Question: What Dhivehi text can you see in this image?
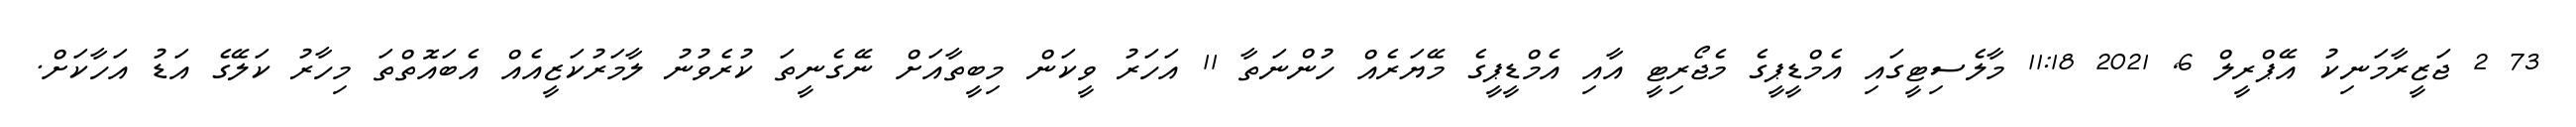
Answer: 73 2 ޖަޒީރާމަނިކު އޭޕްރީލް 6, 2021 11:18 މާލެސިޓީގައި އެމްޑީޕީގެ މެޖޯރިޓީ އާއި އެމްޑީޕީގެ މޭޔަރެއް ހުންނަތާ 11 އަހަރު ވީކަން މިބީތާއަށް ނޭގެނީތަ ކުރެވުނު ލާމަރުކަޒީއެއް އެބައޮތްތަ މިހާރު ކަލޭގެ އަޑު އަހާކަށް.